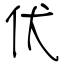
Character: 伏